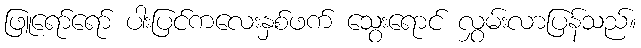
ဖြူရော်ရော် ပါးပြင်ကလေးနှစ်ဖက် သွေးရောင် လွှမ်းလာပြန်သည်။